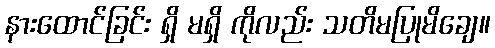
နားထောင်ခြင်း ရှိ မရှိ ကိုလည်း သတိမပြုမိချေ။